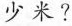
少米?